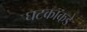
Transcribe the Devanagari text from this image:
घटकाकडे